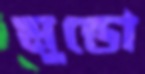
মুন্ডো